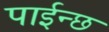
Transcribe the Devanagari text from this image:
पाईन्छ